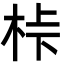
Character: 桛